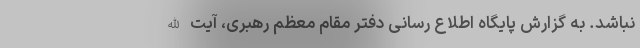
نباشد. به گزارش پایگاه اطلاع رسانی دفتر مقام معظم رهبری، آیت الله